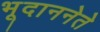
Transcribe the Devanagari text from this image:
भूदाननेते